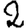
Digit: 2